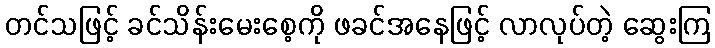
တင်သဖြင့် ခင်သိန်းမေးစေ့ကို ဖခင်အနေဖြင့် လာလုပ်တဲ့ ဆွေးကြ